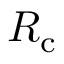
R _ { \mathrm { c } }